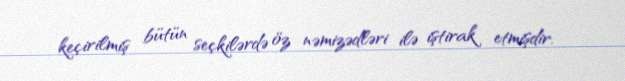
keçirilmiş bütün seçkilərdə öz nəmizədləri ilə iştirak etmişdir.